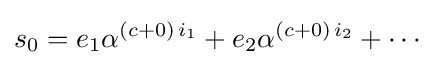
s_{0}=e_{1}\alpha ^{(c+0)\,i_{1}}+e_{2}\alpha ^{(c+0)\,i_{2}}+\cdots